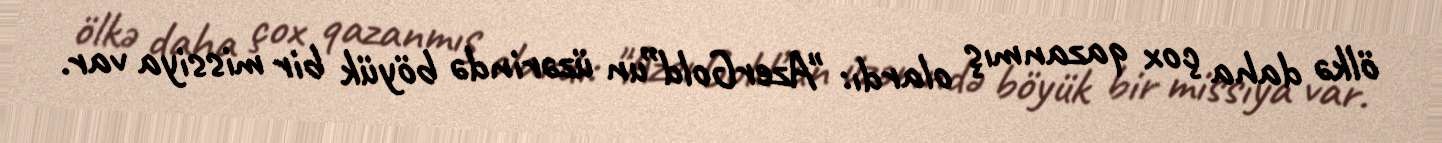
ölkə daha çox qazanmış olardı: "AzerGold”un üzərində böyük bir missiya var.